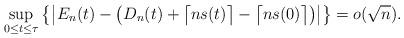
LaTeX: \begin{align*} \sup_{0 \le t \le\tau}{\bigl\{\bigl|E_n (t) -\bigl(D_n (t) + \bigl\lceil n s(t)\bigr\rceil- \bigl\lceil n s (0)\bigr\rceil\bigr)\bigr|\bigr\}} = o(\sqrt{n}).\end{align*}